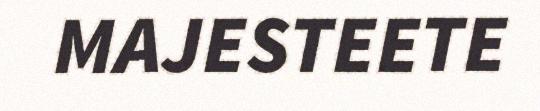
MAJESTEETE